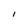
Character: i